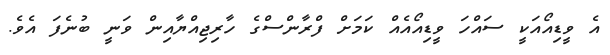
އެ ވީޑިއޯއަކީ ސައްހަ ވީޑިއޯއެއް ކަމަށް ފްރާންސްގެ ހާރިޖިއްޔާއިން ވަނީ ބުނެފަ އެވެ.